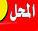
المحل